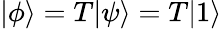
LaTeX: \vert\phi\rangle=T\vert\psi\rangle=T\vert 1\rangle